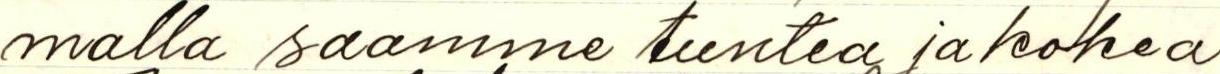
malla saamme tuntea ja kokea